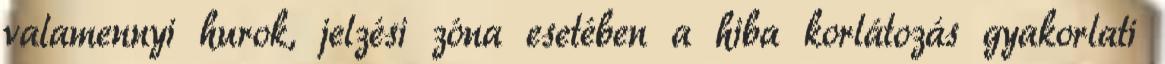
valamennyi hurok, jelzési zóna esetében a hiba korlátozás gyakorlati